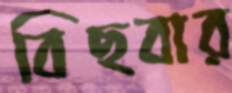
বিছবার